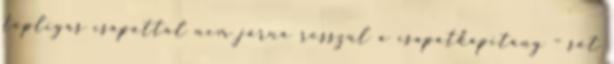
topligás csapattal nem járna rosszul a csapatkapitány – sőt